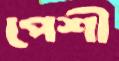
পেশী